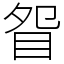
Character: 眢